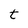
Character: t